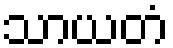
သာယတံ